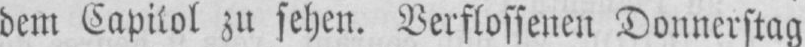
dem Capitol zu sehen. Verflossenen Donnerstag